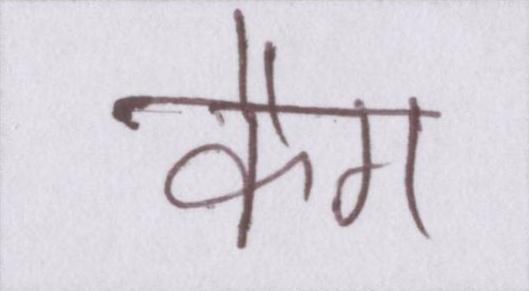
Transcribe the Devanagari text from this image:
कैग